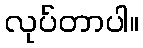
လုပ်တာပါ။